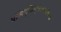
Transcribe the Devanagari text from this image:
यत्यिद्धिमुक्तिमहोदयं।